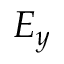
E _ { y }